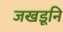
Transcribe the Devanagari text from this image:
जखडूनि